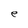
Character: e